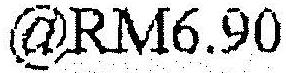
@RM6.90